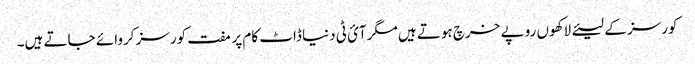
کورسز کے لیئے لاکھوں روپے خرچ ہوتے ہیں مگرآئ ٹی دنیا ڈاٹ کام پر مفت کورسز کروائے جاتے ہیں۔